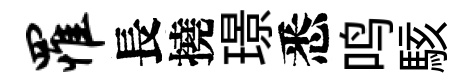
罹長撓璟悉鸣駭